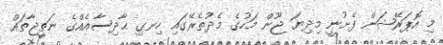
މި އޮޕަރޭޝަން ފެށުނީ މިދިޔަ ޖޫން މަހުގެ މެދުތެރޭގައި ހިނގި ޙާދިސާއެއްގެ ނަތީޖާތައް